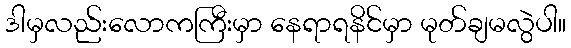
ဒါမှလည်းလောကကြီးမှာ နေရာရနိင်မှာ မုတ်ချမလွဲပါ။